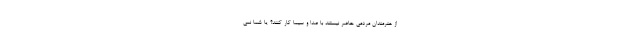
از هنرمندان مردمی حاضر نیستند با صدا و سیما کار کنند؟ یا شما نمی‌